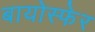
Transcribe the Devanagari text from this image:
बायोस्फेर